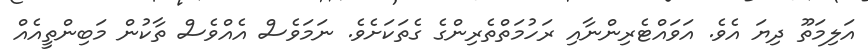
އަލިމަތޫ ދިޔަ އެވެ. އަވައްޓެރިންނާއި ރަހުމަތްތެރިންގެ ގެތަކަށެވެ. ނަމަވެސް އެއްވެސް ތާކުން މަބިންތީއެއް